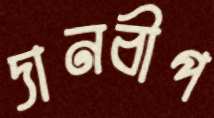
দানবীপ